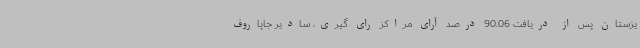
یزستان پس از دریافت 90.06 درصد آرای مراکز رای گیری، سادیر جاپاروف